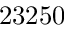
2 3 2 5 0